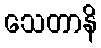
သေတာနိ